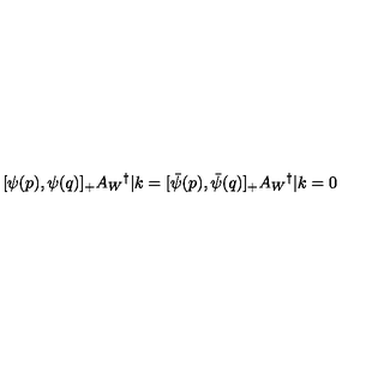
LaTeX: [ \psi ( p ) , \psi ( q ) ] _ { + } A _ { W } { } ^ { \dag } | k = [ { \bar { \psi } } ( p ) , { \bar { \psi } } ( q ) ] _ { + } A _ { W } { } ^ { \dag } | k = 0